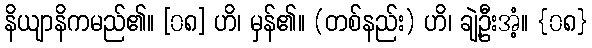
နိယျာနိကမည်၏။ [၀၈] ဟိ၊ မှန်၏။ (တစ်နည်း) ဟိ၊ ချဲ့ဦးအံ့။ {၀၈}